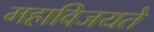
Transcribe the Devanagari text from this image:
महाविजयते